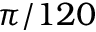
\pi / 1 2 0